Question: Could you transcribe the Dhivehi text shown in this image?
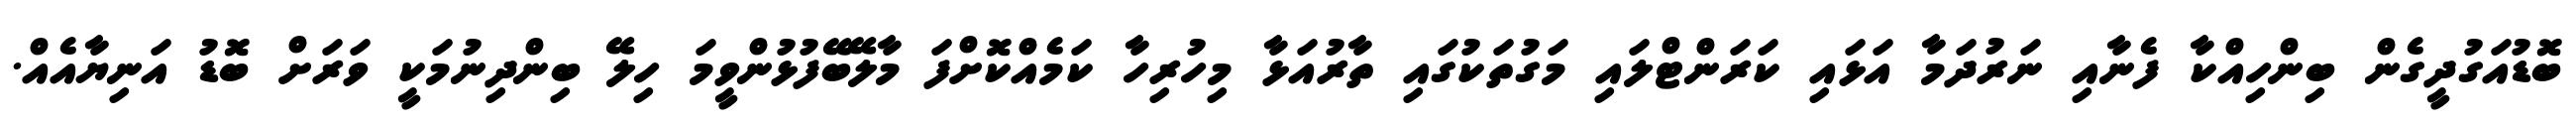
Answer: ބޮޑުއަގުދީގެން ބިންހިއްކާ ފެނާއި ނަރުދަމާ އަޅައި ކަރަންޓްލައި މަގުތަކުގައި ތާރުއަޅާ މިހުރިހާ ކަމެއްކޮށްފަ މާލޭބޭފުޅުންވީމަ ހިލޭ ބިންދިނުމަކީ ވަރަށް ބޮޑު އަނިޔާއެއް.